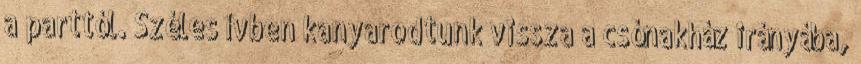
a parttól. Széles ívben kanyarodtunk vissza a csónakház irányába,